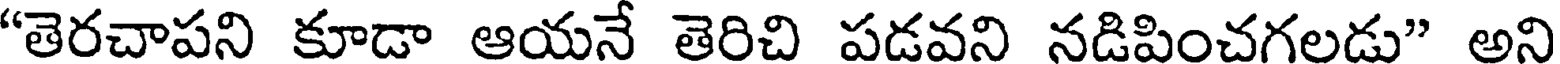
"తెరచాపని కూడా ఆయనే తెరిచి పడవని నడిపించగలడు" అని